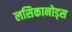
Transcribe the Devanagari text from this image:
लसिकानोड्स